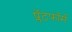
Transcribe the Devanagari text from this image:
प्लॅटफाॅर्म